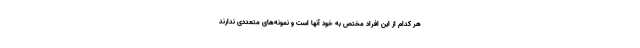
هر کدام از این افراد مختص به خود آنها است و نمونه‌های متعددی ندارند